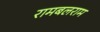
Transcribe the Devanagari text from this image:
रामबलराम